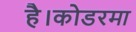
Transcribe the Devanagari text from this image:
है।कोडरमा